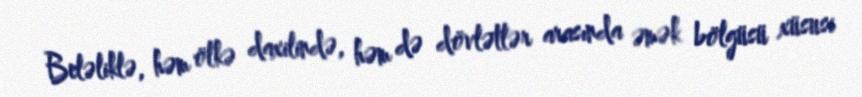
Beləliklə, həm ölkə daxilində, həm də dövlətlər arasında əmək bölgüsü xüsusi